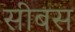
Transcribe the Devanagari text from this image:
सीबस